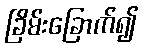
ခြိမ်းခြောက်၍